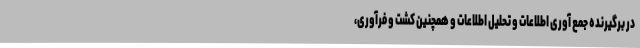
در برگیرنده جمع آوری اطلاعات و تحلیل اطلاعات و همچنین کشت و فرآوری،